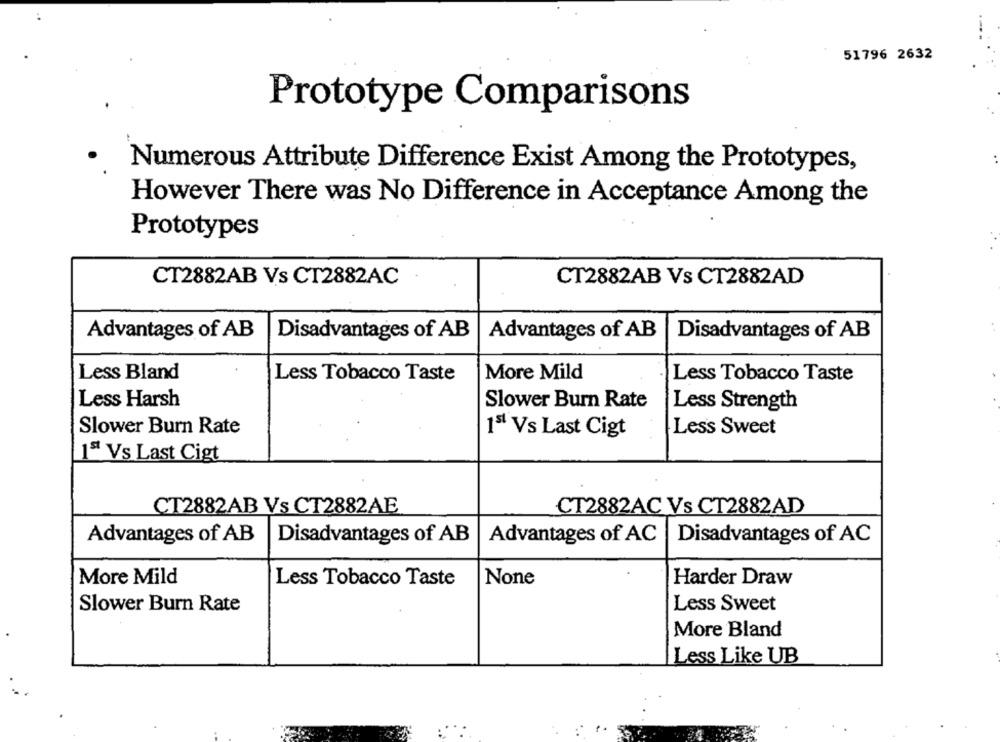
51796 2632
Prototype Comparisons
Numerous Attribute Difference Exist Among the Prototypes,
However There was No Difference in Acceptance Among the
Prototypes
CT2882AB Vs CT2882AC
CT2882AB Vs CT2882AD
Advantages of AB
Disadvantages of AB
Advantages of AB
Disadvantages of AB
Less Bland
Less Tobacco Taste
More Mild
Less Tobacco Taste
Less Harsh
Slower Burn Rate
Less Strength
Slower Burn Rate
Less Sweet
15 Vs Last Cigt
1ª Vs Last Cigt
CT2882AB Vs CT2882AE
CT2882AC Vs CT2882AD
Advantages of AB
Disadvantages of AB
Advantages of AC | Disadvantages of AC
More Mild
Less Tobacco Taste
Harder Draw
Slower Burn Rate
Less Sweet
More Bland
Less Like UB
1.